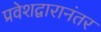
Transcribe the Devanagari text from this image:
प्रवेशद्वारानंतर